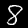
Label: 8